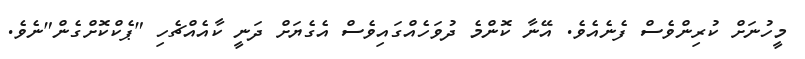
މީހުނަށް ކުރިންވެސް ފެނެއެވެ. އޭނާ ކޮންމެ ދުވަހެއްގައިވެސް އެގެޔަށް ދަނީ ކާއެއްޗެހި "ޕެކްކޮށްގެން"ނެވެ.